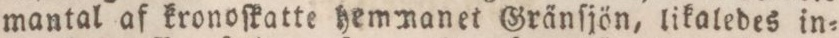
mantal af kronoſkatte hemmanet Gränſjön, likaledes in=